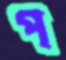
প্